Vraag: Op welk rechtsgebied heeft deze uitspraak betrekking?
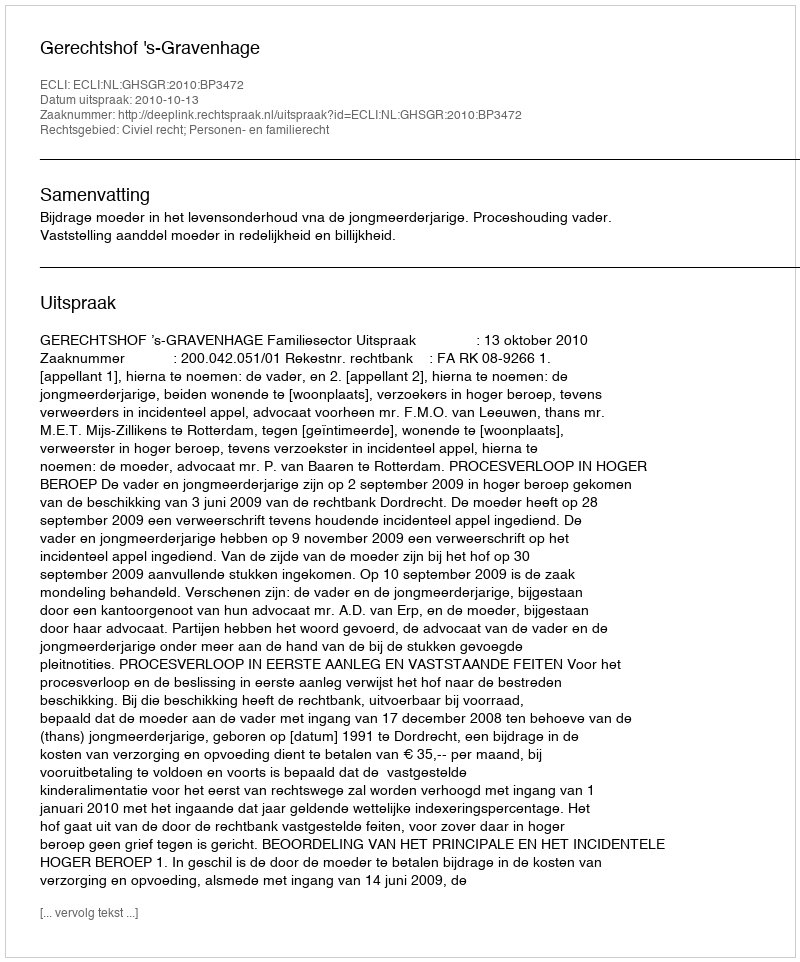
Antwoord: Civiel recht; Personen- en familierecht